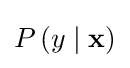
P\left(y\mid \mathbf {x} \right)